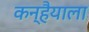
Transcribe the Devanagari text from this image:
कन्हैयाला